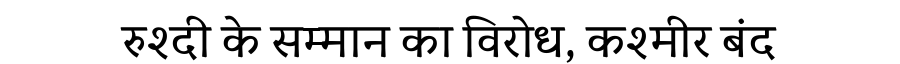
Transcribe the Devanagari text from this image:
रुश्दी के सम्मान का विरोध, कश्मीर बंद